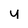
Character: u